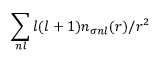
\sum _ { n l } l ( l + 1 ) n _ { \sigma n l } ( r ) / r ^ { 2 }